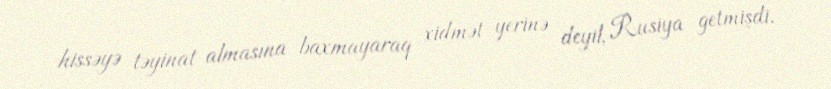
hissəyə təyinat almasına baxmayaraq xidmət yerinə deyil, Rusiya getmişdi.